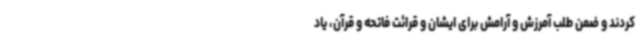
کردند و ضمن طلب آمرزش و آرامش برای ایشان و قرائت فاتحه و قرآن، یاد